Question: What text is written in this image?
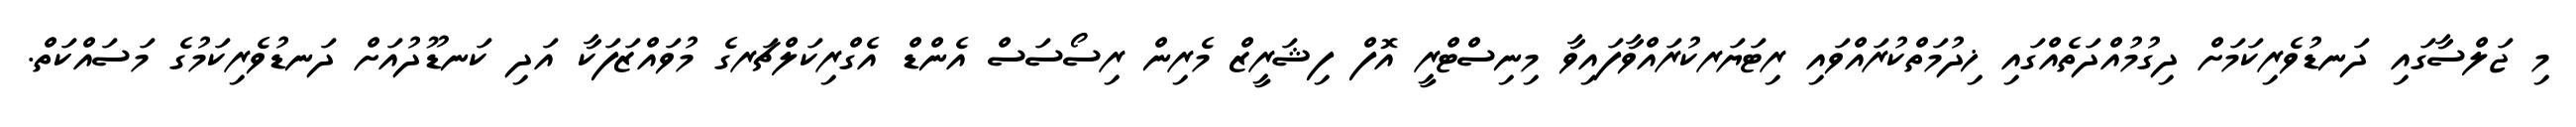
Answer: މި ޖަލްސާގައި ދަނޑުވެރިކަމަށް ދިގުމުއްދަތެއްގައި ޚިދުމަތްކުރައްވައި ރިޓަޔަރކުރައްވާފައިވާ މިނިސްޓްރީ އޮފް ފިޝަރީޒް މެރިން ރިސޯސަސް އެންޑް އެގްރިކަލްޗަރގެ މުވައްޒަފަކާ އަދި ކަނޑޫދުއަށް ދަނޑުވެރިކަމުގެ މަސައްކަތް.